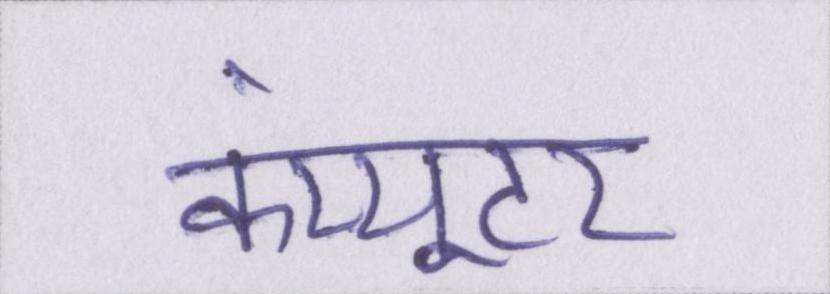
कंप्यूटर